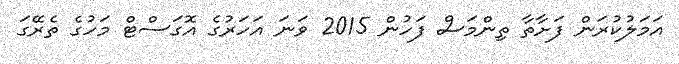
އަމަލުކުރަން ފަށާތާ ތިންމަސް ފަހުން 2015 ވަނަ އަހަރުގެ އޮގަސްޓް މަހުގެ ތެރޭގަ